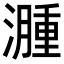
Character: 𬉎